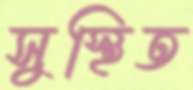
সুস্থিত